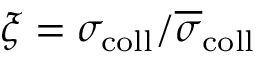
\xi = \sigma _ { \mathrm { c o l l } } / \overline { { \sigma } } _ { \mathrm { c o l l } }